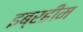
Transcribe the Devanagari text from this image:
इब्रहीम